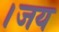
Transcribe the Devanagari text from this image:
।जय